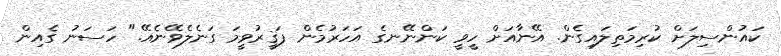
ކައުންސިލަށް ކުރިމަތިލައިގެން. އޭނާއަށް ހީވީ ކަންނޭނގެ އަހަރުމެން ފަޤީރުވީމަ ގަނެލެވޭނެއޭ." ހަސަނު ގެއިން